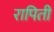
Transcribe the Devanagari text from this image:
रापिती